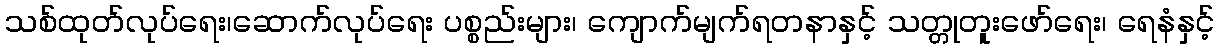
သစ်ထုတ်လုပ်ရေး၊ဆောက်လုပ်ရေး ပစ္စည်းများ၊ ကျောက်မျက်ရတနာနှင့် သတ္တုတူးဖော်ရေး၊ ရေနံနှင့်